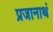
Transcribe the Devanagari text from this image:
प्रजानाथं